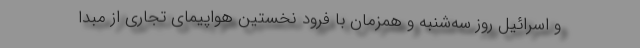
و اسرائیل روز سه‌شنبه و همزمان با فرود نخستین هواپیمای تجاری از مبدا